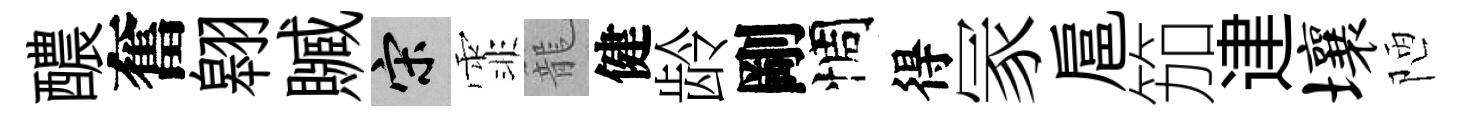
醲奮翱贓宋霏籠健龄剛惆得冡扈笳䢖壤陋